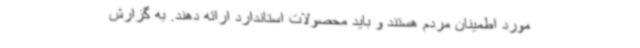
مورد اطمینان مردم هستند و باید محصولات استاندارد ارائه دهند. به گزارش